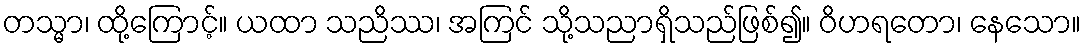
တသ္မာ၊ ထို့ကြောင့်။ ယထာ သညိဿ၊ အကြင် သို့သညာရှိသည်ဖြစ်၍။ ဝိဟရတော၊ နေသော။